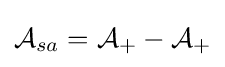
{\mathcal {A}}_{sa}={\mathcal {A}}_{+}-{\mathcal {A}}_{+}